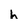
Character: h